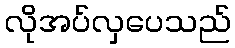
လိုအပ်လှပေသည်